65_HS1-834228961_62-HQ-83894_Section_8
Agency: FBI
Page 176
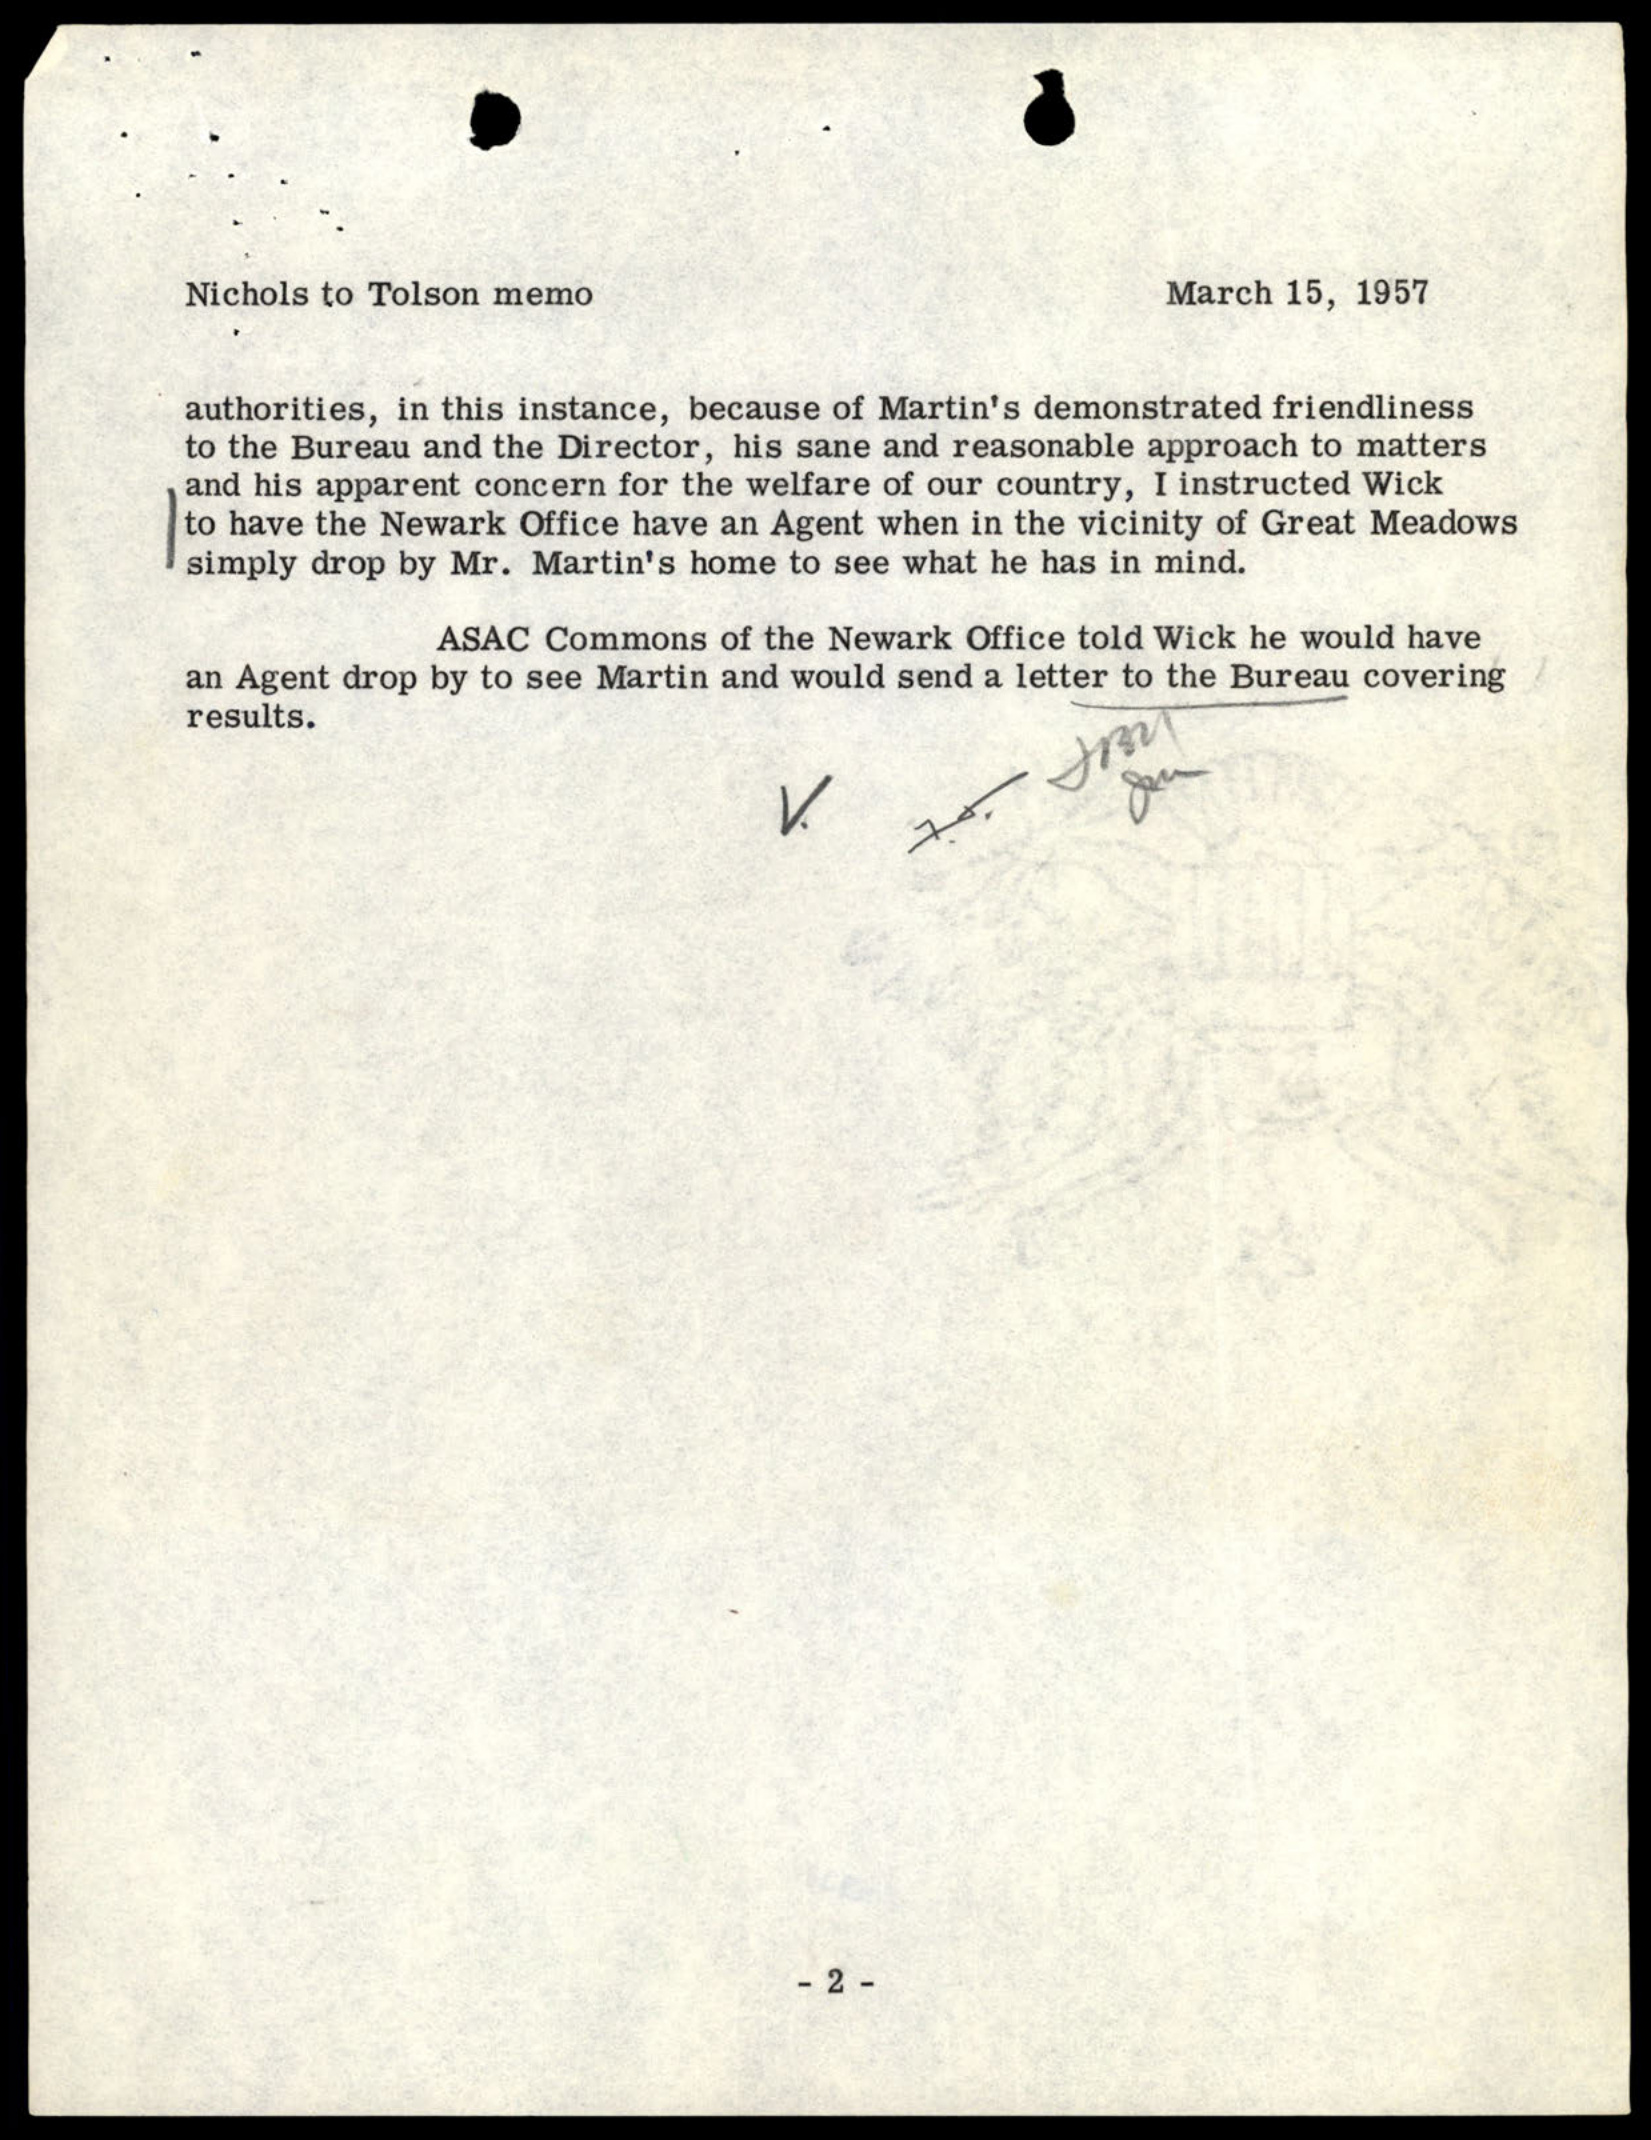